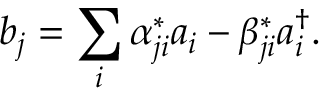
b _ { j } = \sum _ { i } \alpha _ { j i } ^ { * } a _ { i } - \beta _ { j i } ^ { * } a _ { i } ^ { \dag } .